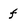
Character: f